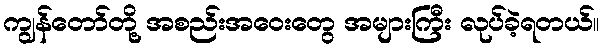
ကျွန်တော်တို့ အစည်းအဝေးတွေ အများကြီး လုပ်ခဲ့ရတယ်။